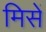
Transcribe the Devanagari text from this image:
मिसें